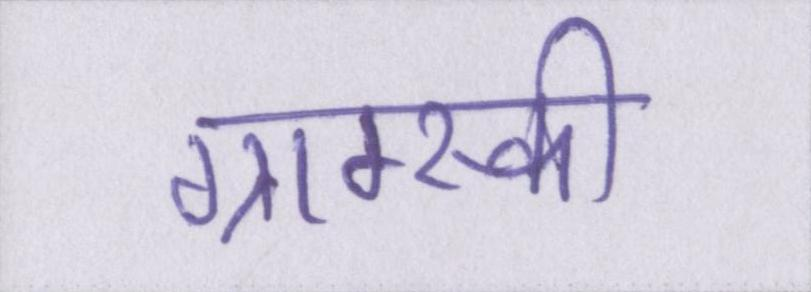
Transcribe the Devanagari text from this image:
ग्राम्स्की